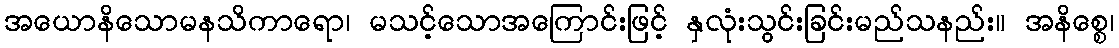
အယောနိသောမနသိကာရော၊ မသင့်သောအကြောင်းဖြင့် နှလုံးသွင်းခြင်းမည်သနည်း။ အနိစ္စေ၊